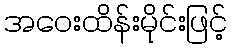
အဝေးထိန်းမိုင်းဖြင့်